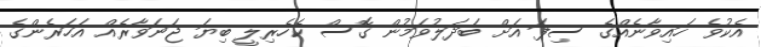
އެކުވެ ހައިވާނެއްގެ ސިފަ އަށް ބަދަލުވަމުން ގޮސް ކެހެރިލީ ބިޔަ ޖަނަވާރެއް އަހަރެންގެ